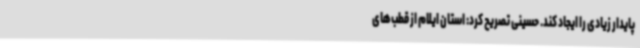
پایدار زیادی را ایجاد کند. حسینی تصریح کرد: استان ایلام از قطب‌های